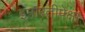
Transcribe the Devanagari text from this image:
इमारतीपेक्षा